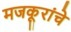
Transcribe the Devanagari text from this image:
मजकूरांचे